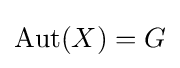
\mathrm {Aut} (X)=G